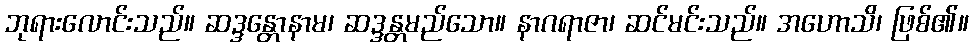
ဘုရားလောင်းသည်။ ဆဒ္ဒန္တောနာမ၊ ဆဒ္ဒန္တမည်သော။ နာဂရာဇာ၊ ဆင်မင်းသည်။ အဟောသိ၊ ဖြစ်၏။